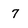
Character: 7